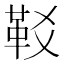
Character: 𩉤